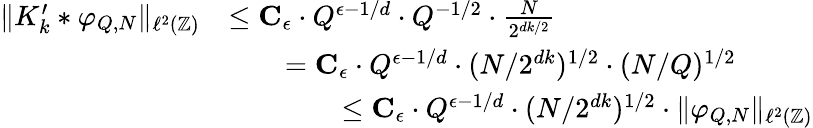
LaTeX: \begin{array}{rl}{\| K_{k}^{\prime}*\varphi_{Q,N}\| _{\ell^{2}(\mathbb{Z})}}&{\leq\mathbf{C}_{\epsilon}\cdot Q^{\epsilon-1/d}\cdot Q^{-1/2}\cdot\frac{N}{2^{dk/2}}}\\ &{\qquad=\mathbf{C}_{\epsilon}\cdot Q^{\epsilon-1/d}\cdot(N/2^{dk})^{1/2}\cdot(N/Q)^{1/2}}\\ &{\qquad\qquad\leq\mathbf{C}_{\epsilon}\cdot Q^{\epsilon-1/d}\cdot(N/2^{dk})^{1/2}\cdot\| \varphi_{Q,N}\| _{\ell^{2}(\mathbb{Z})}}\end{array}